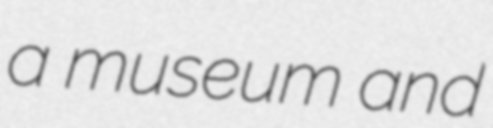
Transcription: a museum and